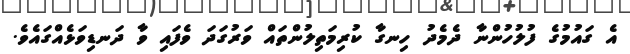
އެ ގައުމުގެ ފުލުހުންނާ ދެމެދު ހިނގާ ކުރިމަތިލުންތައް ވަރުގަދަ ވެފައި ވާ ދަނޑިވަޅެއްގައެވެ.